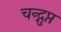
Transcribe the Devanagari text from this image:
चन्द्गुप्त